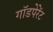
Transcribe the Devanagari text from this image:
गॉडपेरेंट